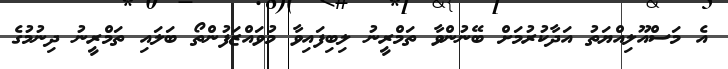
އެ މަސްއޫލިއްޔަތު އަދާކުރުމަށް ބޭނުންވާ ތަމްރީނު ލިބިފައިވާ މުވައްޒަފުންތޯ ބަލައި ތަމްރީނު ދިނުމުގެ